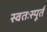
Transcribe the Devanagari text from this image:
स्वतःस्पूर्त